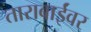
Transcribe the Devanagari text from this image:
ताराबाईंवर